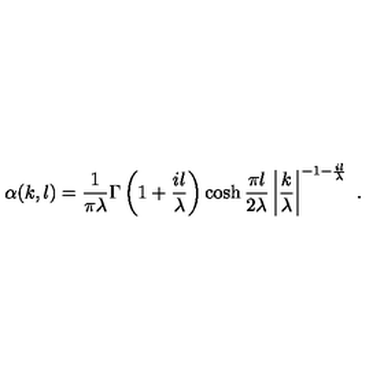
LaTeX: \alpha ( k , l ) = \frac { 1 } { \pi \lambda } \Gamma \left( 1 + \frac { i l } { \lambda } \right) \cosh \frac { \pi l } { 2 \lambda } \left\vert \frac { k } { \lambda } \right\vert ^ { - 1 - \frac { i l } { \lambda } } \ .